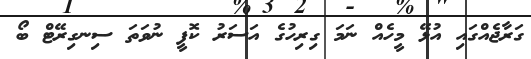
ގަރާޖެއްގައި އުޅޭ މީހެއް ނަމަ ގިރިހުގެ އަސަރު ކޮފީ ނުވަތަ ސިނގިރޭޓް ބޯ